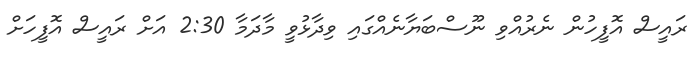
ރައީސް އޮފީހުން ނެރުއްވި ނޫސްބަޔާނެއްގައި ވިދާޅުވީ މާދަމާ 2:30 އަށް ރައީސް އޮފީހަށް